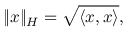
\| x \| _ { H } = { \sqrt { \langle x , x \rangle } } ,